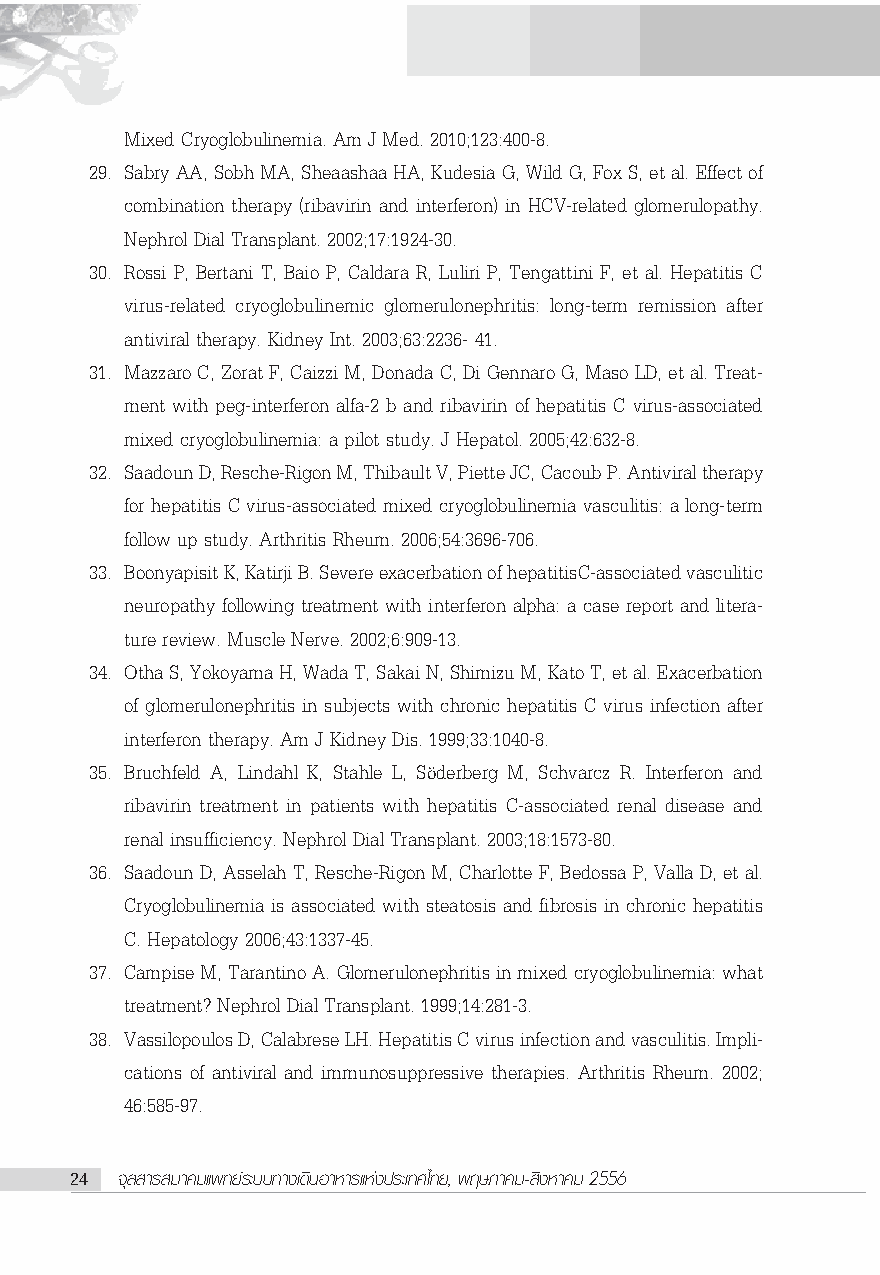
Mixed Cryoglobulinemia. Am J Med. 2010;123:400-8.
 29. Sabry AA, Sobh MA, Sheaashaa HA, Kudesia G, Wild G, Fox S, et al. Effect of
 combination therapy (ribavirin and interferon) in HCV-related glomerulopathy.
 Nephrol Dial Transplant. 2002;17:1924-30.
 30. Rossi P, Bertani T, Baio P, Caldara R, Luliri P, Tengattini F, et al. Hepatitis C
 virus-related cryoglobulinemic glomerulonephritis: long-term remission after
 antiviral therapy. Kidney Int. 2003;63:2236- 41.
 31. Mazzaro C, Zorat F, Caizzi M, Donada C, Di Gennaro G, Maso LD, et al. Treat-
 ment with peg-interferon alfa-2 b and ribavirin of hepatitis C virus-associated
 mixed cryoglobulinemia: a pilot study. J Hepatol. 2005;42:632-8.
 32. Saadoun D, Resche-Rigon M, Thibault V, Piette JC, Cacoub P. Antiviral therapy
 for hepatitis C virus-associated mixed cryoglobulinemia vasculitis: a long-term
 follow up study. Arthritis Rheum. 2006;54:3696-706.
 33. Boonyapisit K, Katirji B. Severe exacerbation of hepatitisC-associated vasculitic
 neuropathy following treatment with interferon alpha: a case report and litera-
 ture review. Muscle Nerve. 2002;6:909-13.
 34. Otha S, Yokoyama H, Wada T, Sakai N, Shimizu M, Kato T, et al. Exacerbation
 of glomerulonephritis in subjects with chronic hepatitis C virus infection after
 interferon therapy. Am J Kidney Dis. 1999;33:1040-8.
 35. Bruchfeld A, Lindahl K, Stahle L, S derberg M, Schvarcz R. Interferon and
 ö
 ribavirin treatment in patients with hepatitis C-associated renal disease and
 renal insufficiency. Nephrol Dial Transplant. 2003;18:1573-80.
 36. Saadoun D, Asselah T, Resche-Rigon M, Charlotte F, Bedossa P, Valla D, et al.
 Cryoglobulinemia is associated with steatosis and fibrosis in chronic hepatitis
 C. Hepatology 2006;43:1337-45.
 37. Campise M, Tarantino A. Glomerulonephritis in mixed cryoglobulinemia: what
 treatment? Nephrol Dial Transplant. 1999;14:281-3.
 38. Vassilopoulos D, Calabrese LH. Hepatitis C virus infection and vasculitis. Impli-
 cations of antiviral and immunosuppressive therapies. Arthritis Rheum. 2002;
 46:585-97.
 24 ®ÿ≈ “√ ¡“§¡·æ∑¬å√–∫∫∑“ß‡¥‘πÕ“À“√·Ààßª√–‡∑»‰∑¬, æƒ…¿“§¡- ‘ßÀ“§¡ 2556